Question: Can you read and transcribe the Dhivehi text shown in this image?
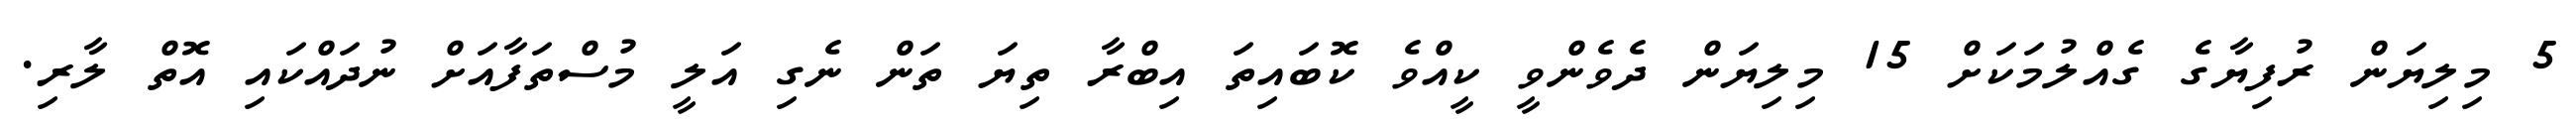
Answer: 5 މިލިޔަން ރުފިޔާގެ ގެއްލުމަކަށް 15 މިލިޔަން ދެވެންވީ ކީއްވެ ކޮބައިތަ އިބްރާ ތިޔަ ތަން ނެގި އަލީ މުސްތަފާއަށް ނުދައްކައި އޮތް ލާރި.